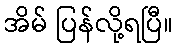
အိမ် ပြန်လို့ရပြီ။